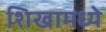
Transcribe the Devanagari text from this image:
शिखामध्ये